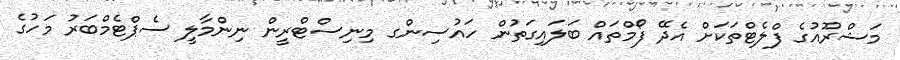
މަޝްރޫއުގެ ފްލެޓްތަކަށް އެދޭ ފޯމްތައް ބަލައިގަތުން ހައުސިންގ މިނިސްޓްރީން ނިންމާލީ ސެޕްޓެމްބަރު މަހުގެ